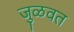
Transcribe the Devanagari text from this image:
जुळवत